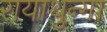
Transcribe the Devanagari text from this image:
रायाथुन्गा